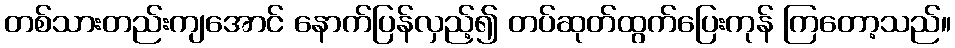
တစ်သားတည်းကျအောင် နောက်ပြန်လှည့်၍ တပ်ဆုတ်ထွက်ပြေးကုန် ကြတော့သည်။